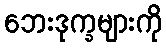
ဘေးဒုက္ခများကို